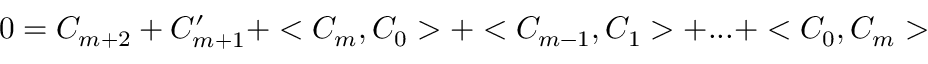
0 = { \cal C } _ { m + 2 } + { \cal C } _ { m + 1 } ^ { \prime } + < { \cal C } _ { m } , { \cal C } _ { 0 } > + < { \cal C } _ { m - 1 } , { \cal C } _ { 1 } > + . . . + < { \cal C } _ { 0 } , { \cal C } _ { m } >